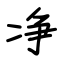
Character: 净